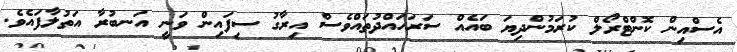
އެސްއިން ކޮންޓްރޯލް ކުރަމުންދިޔަ ބައެއް ސަރަހައްދުތައްވެސް އިރާގު ސިފައިން ވަނީ އަނބުރާ އަތުލާފައެވެ.